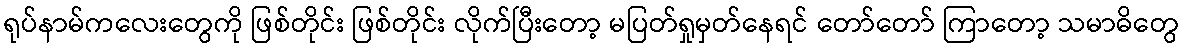
ရုပ်နာမ်ကလေးတွေကို ဖြစ်တိုင်း ဖြစ်တိုင်း လိုက်ပြီးတော့ မပြတ်ရှုမှတ်နေရင် တော်တော် ကြာတော့ သမာဓိတွေ